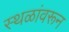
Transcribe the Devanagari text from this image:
स्थळांवरून